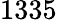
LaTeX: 1335